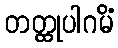
တတ္ထုပါဂမိံ